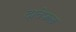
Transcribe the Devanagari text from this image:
दातेफळ